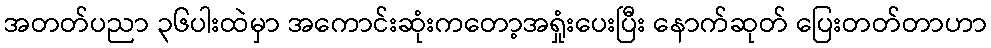
အတတ်ပညာ ၃၆ပါးထဲမှာ အကောင်းဆုံးကတော့အရှုံးပေးပြီး နောက်ဆုတ် ပြေးတတ်တာဟာ